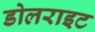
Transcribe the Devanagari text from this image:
डोलराइट